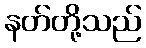
နတ်တို့သည်